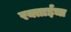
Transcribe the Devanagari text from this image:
रक्ताईचा